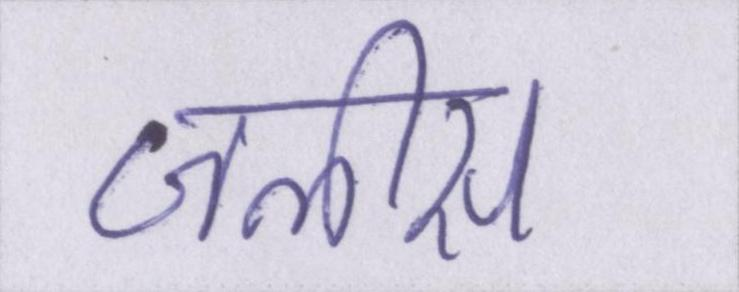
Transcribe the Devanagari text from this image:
जलीस